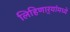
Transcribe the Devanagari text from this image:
लिहिणार्‍यांमध्ये